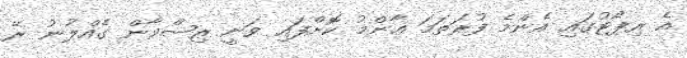
އެ ރިޕޯޓުގައި އެންމެ ފުރަތަމަ ޢާންމު ކޮށްފައި ވަނީ ރިޟްވާން ގެއްލުނު ރޭ